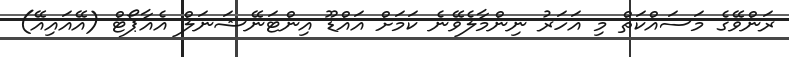
ރަންވޭގެ މަސައްކަތް މި އަހަރު ނިންމާލެވޭނެ ކަމަށް އައްޑޫ އިންޓަނޭޝަނަލް އެއާޕޯޓް (އޭއައިއޭ)